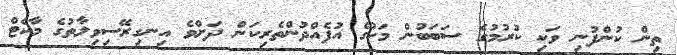
ތިން ކުންފުނި ވަކި ކުރުމުގެ ސަބަބުން މަހުގެ އުފެއްދުންތެރިކަން ދަށްވެ އިނގިރޭސިވިލާތުގެ މާކެޓް